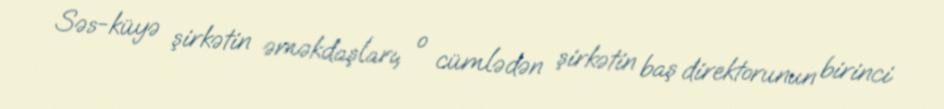
Səs-küyə şirkətin əməkdaşları, o cümlədən şirkətin baş direktorunun birinci